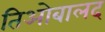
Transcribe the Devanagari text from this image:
तिओबालद